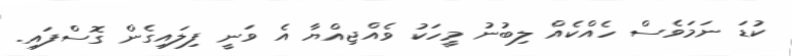
ކުޑަ ނަމަވެސް ހެއްކެއް ލިބުނު މީހަކު ވެއްޖިއްޔާ އެ ވަނީ ފިލައިގެން ގޮސްފައި.